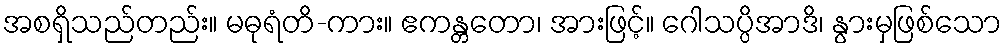
အစရှိသည်တည်း။ မဓုရံတိ-ကား။ ဧကန္တတော၊ အားဖြင့်။ ဂေါသပ္ပိအာဒိ၊ နွားမှဖြစ်သော